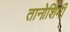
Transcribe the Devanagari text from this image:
तानोशिमी